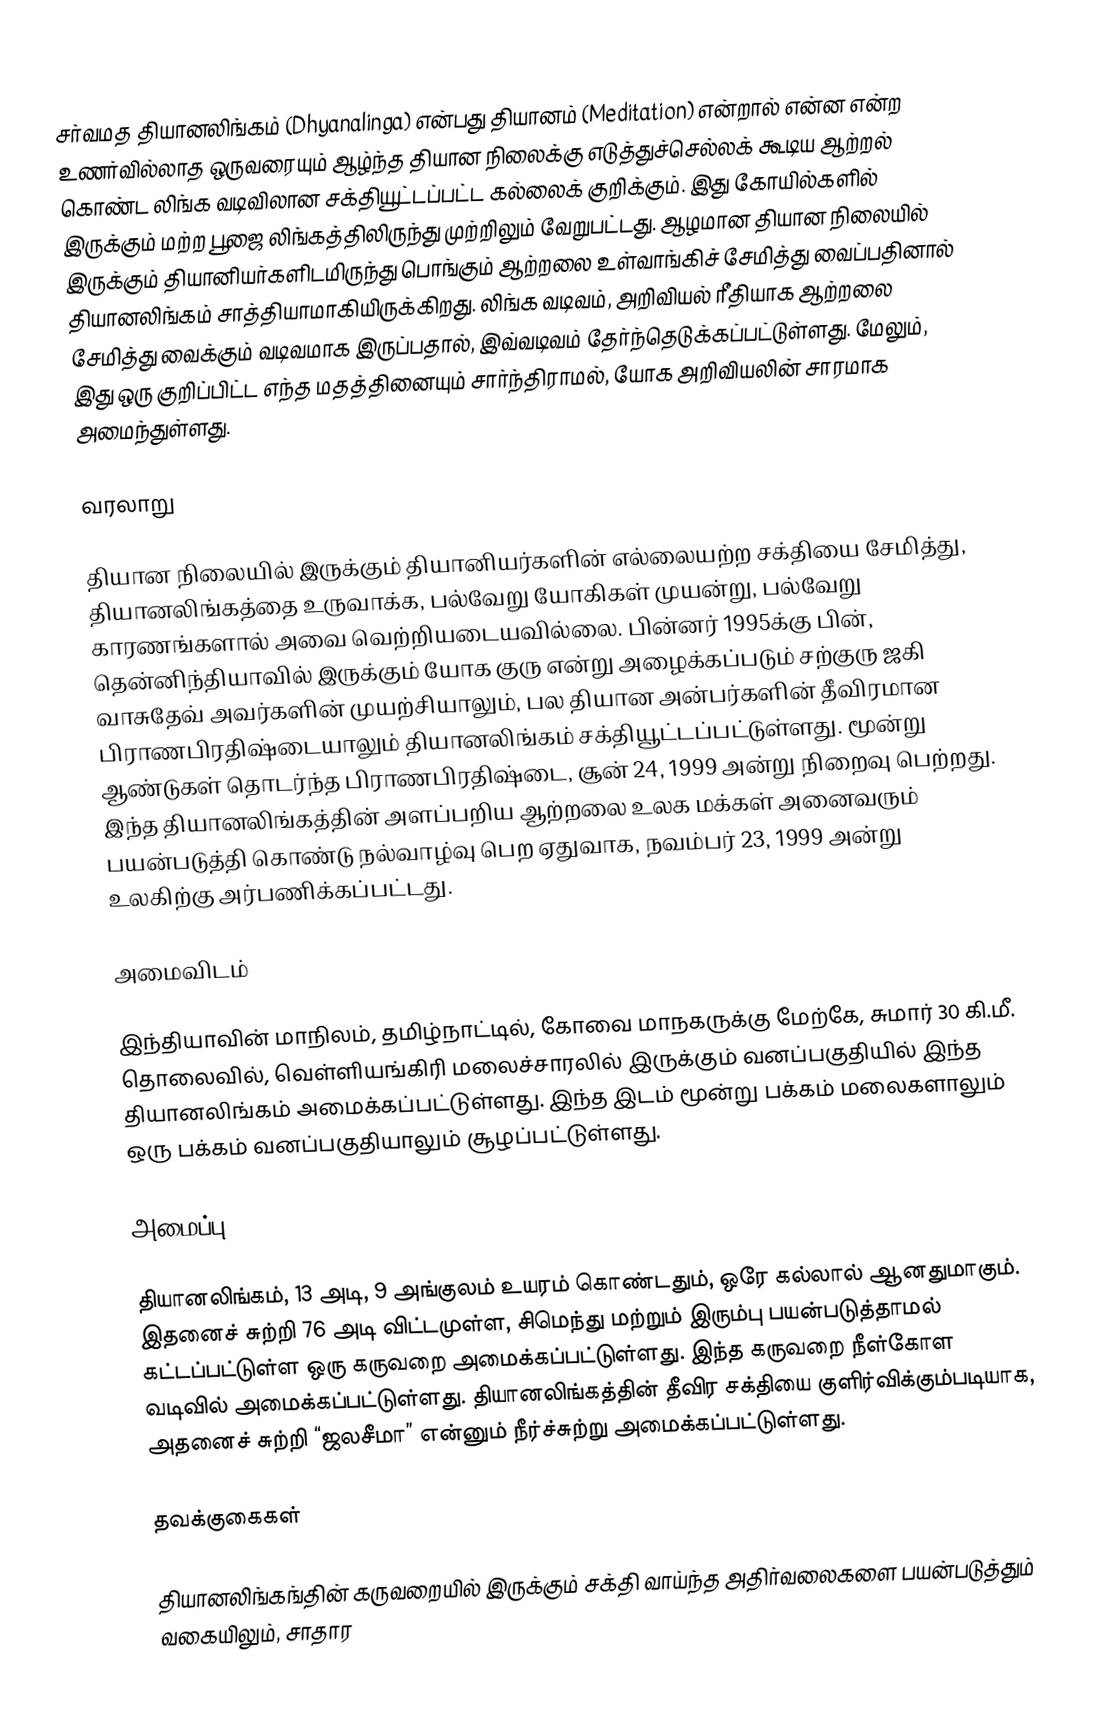
சர்வமத தியானலிங்கம் (Dhyanalinga) என்பது தியானம் (Meditation) என்றால் என்ன என்ற உணர்வில்லாத ஒருவரையும் ஆழ்ந்த தியான நிலைக்கு எடுத்துச்செல்லக் கூடிய ஆற்றல் கொண்ட லிங்க வடிவிலான சக்தியூட்டப்பட்ட கல்லைக் குறிக்கும். இது கோயில்களில் இருக்கும் மற்ற பூஜை லிங்கத்திலிருந்து முற்றிலும் வேறுபட்டது.  ஆழமான தியான நிலையில் இருக்கும் தியானியர்களிடமிருந்து பொங்கும் ஆற்றலை உள்வாங்கிச் சேமித்து வைப்பதினால் தியானலிங்கம் சாத்தியாமாகியிருக்கிறது. லிங்க வடிவம், அறிவியல் ரீதியாக ஆற்றலை சேமித்து வைக்கும் வடிவமாக இருப்பதால், இவ்வடிவம் தேர்ந்தெடுக்கப்பட்டுள்ளது.   மேலும், இது ஒரு குறிப்பிட்ட எந்த மதத்தினையும் சார்ந்திராமல், யோக அறிவியலின் சாரமாக அமைந்துள்ளது.

வரலாறு

தியான நிலையில் இருக்கும் தியானியர்களின் எல்லையற்ற சக்தியை சேமித்து, தியானலிங்கத்தை உருவாக்க, பல்வேறு யோகிகள் முயன்று, பல்வேறு காரணங்களால்  அவை வெற்றியடையவில்லை.  பின்னர் 1995க்கு பின், தென்னிந்தியாவில் இருக்கும் யோக குரு என்று அழைக்கப்படும் சற்குரு ஜகி வாசுதேவ் அவர்களின் முயற்சியாலும், பல தியான அன்பர்களின் தீவிரமான பிராணபிரதிஷ்டையாலும் தியானலிங்கம் சக்தியூட்டப்பட்டுள்ளது.  மூன்று ஆண்டுகள் தொடர்ந்த பிராணபிரதிஷ்டை, சூன் 24, 1999 அன்று நிறைவு பெற்றது.  இந்த தியானலிங்கத்தின் அளப்பறிய ஆற்றலை உலக மக்கள் அனைவரும் பயன்படுத்தி கொண்டு நல்வாழ்வு பெற ஏதுவாக, நவம்பர் 23, 1999 அன்று உலகிற்கு அர்பணிக்கப்பட்டது.

அமைவிடம்

இந்தியாவின் மாநிலம், தமிழ்நாட்டில், கோவை மாநகருக்கு மேற்கே, சுமார் 30 கி.மீ. தொலைவில், வெள்ளியங்கிரி மலைச்சாரலில் இருக்கும் வனப்பகுதியில் இந்த தியானலிங்கம் அமைக்கப்பட்டுள்ளது. இந்த இடம் மூன்று பக்கம் மலைகளாலும் ஒரு பக்கம் வனப்பகுதியாலும் சூழப்பட்டுள்ளது.

அமைப்பு

தியானலிங்கம், 13 அடி, 9 அங்குலம் உயரம் கொண்டதும், ஒரே கல்லால் ஆனதுமாகும்.  இதனைச் சுற்றி 76 அடி விட்டமுள்ள, சிமெந்து மற்றும் இரும்பு பயன்படுத்தாமல் கட்டப்பட்டுள்ள ஒரு கருவறை அமைக்கப்பட்டுள்ளது. இந்த கருவறை நீள்கோள வடிவில் அமைக்கப்பட்டுள்ளது.  தியானலிங்கத்தின் தீவிர சக்தியை குளிர்விக்கும்படியாக, அதனைச் சுற்றி “ஜலசீமா” என்னும் நீர்ச்சுற்று அமைக்கப்பட்டுள்ளது.

தவக்குகைகள்

தியானலிங்கங்தின் கருவறையில் இருக்கும் சக்தி வாய்ந்த அதிர்வலைகளை பயன்படுத்தும் வகையிலும், சாதார